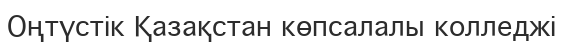
Оңтүстік Қазақстан көпсалалы колледжі